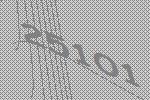
25101